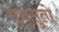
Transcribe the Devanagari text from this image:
भृगुसुतो